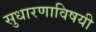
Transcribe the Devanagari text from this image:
सुधारणाविषयी